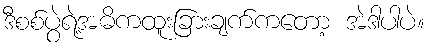
ဒီစစ်ပွဲရဲ့အဓိကထူးခြားချက်ကတော့ အဲဒါပါပဲ။